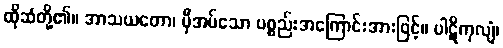
ထိုဆံတို့၏။ အာသယတော၊ မှီအပ်သော ပစ္စည်းအကြောင်းအားဖြင့်။ ပါဋိကုလျံ၊